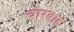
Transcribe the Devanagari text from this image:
चारबाड़